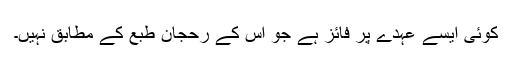
کوئی ایسے عہدے پر فائز ہے جو اس کے رحجان طبع کے مطابق نہیں۔